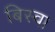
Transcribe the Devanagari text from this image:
बिस्‍वा